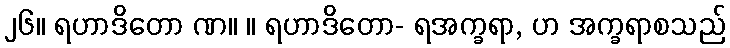
၂၆။ ရဟာဒိတော ဏ။ ။ ရဟာဒိတော- ရအက္ခရာ, ဟ အက္ခရာစသည်